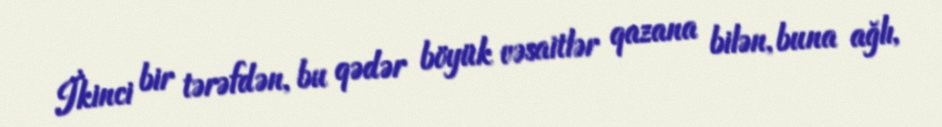
İkinci bir tərəfdən, bu qədər böyük vəsaitlər qazana bilən, buna ağlı,